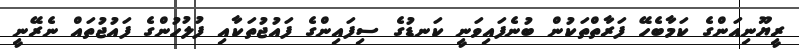
ރީޔޫނިއަންގެ ކަމާބެހޭ ފަރާތްތަކުން ބުނެފައިވަނީ ކަނޑުގެ ސިފައިންގެ ފައުޖުތަކާއި ފުލުހުންގެ ފައުޖުތައް ނެރޭނީ